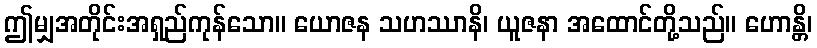
ဤမျှအတိုင်းအရှည်ကုန်သော။ ယောဇန သဟဿာနိ၊ ယူဇနာ အထောင်တို့သည်။ ဟောန္တိ၊